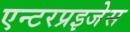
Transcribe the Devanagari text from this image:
एन्टरप्रइजेस